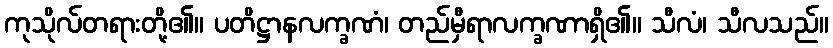
ကုသိုလ်တရားတို့၏။ ပတိဋ္ဌာနလက္ခဏံ၊ တည်မှီရာလက္ခဏာရှိ၏။ သီလံ၊ သီလသည်။